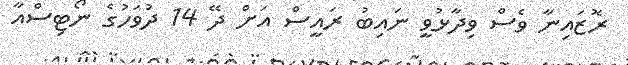
ރޮޒައިނާ ވެސް ވިދާޅުވީ ނައިބު ރައީސް އަށް ދޭ 14 ދުވަހުގެ ނޯޓިސްއާ